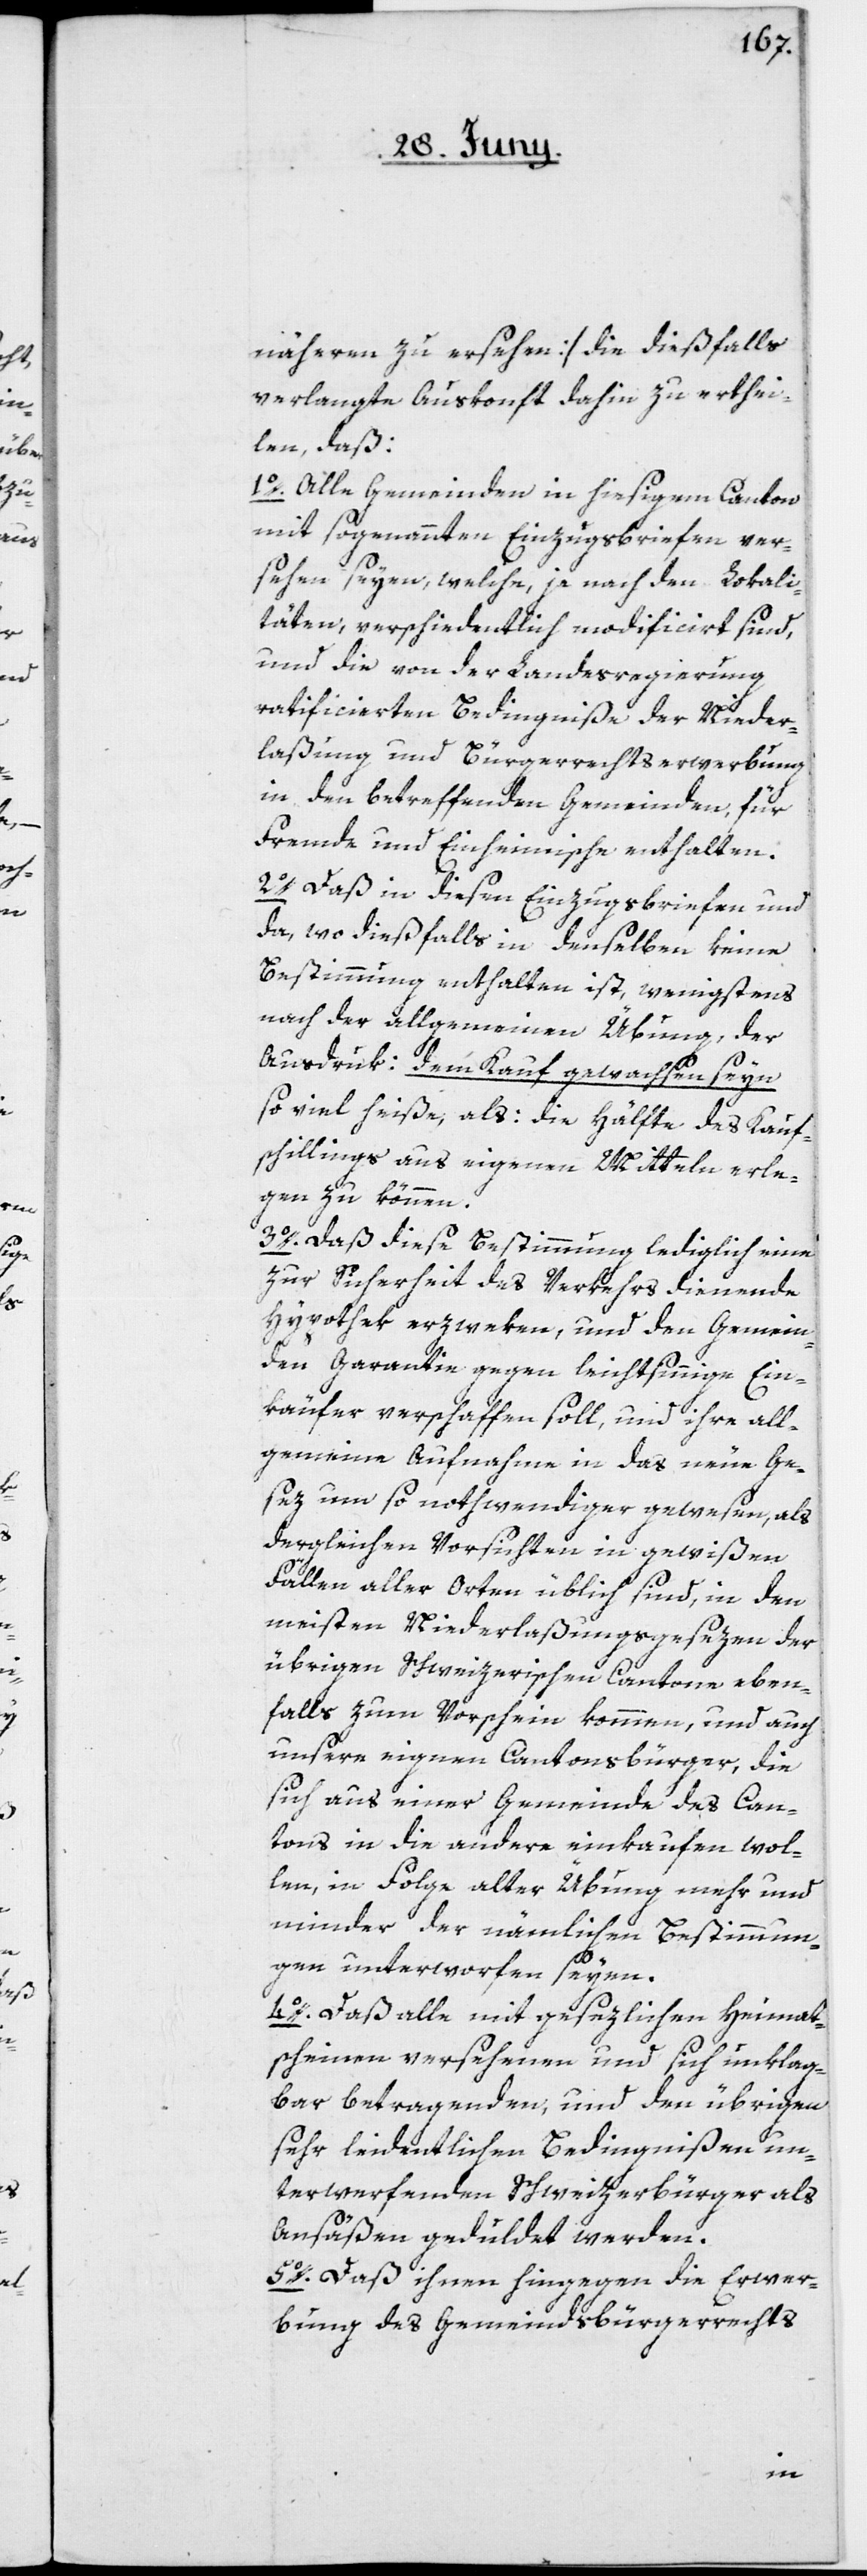
näheren zu ersehen] die dießfalls
verlangte Auskonft dahin zu erthei¬
len, daß:
1o. Alle Gemeinden in hiesigem Canton
mit sogenannten Einzugsbriefen ver¬
sehen seyen, welche, je nach den Lokali¬
täten, verschiedentlich modificirt sind,
und die von der Landesregierung
ratificierten Bedingniße der Nieder¬
laßung und Bürgerrechtserwerbung
in den betreffenden Gemeinden, für
Fremde und Einheimische enthalten.
2o. Daß in diesen Einzugsbriefen und
da, wo dießfalls in denselben keine
Bestimmung enthalten ist, wenigstens
nach der allgemeinen Übung, der
Ausdruk dem Kauf gewachsen seyn
so viel heiße, als: die Hälfte des Kauf¬
schillings aus eigenen Mitteln erle¬
gen zu können.
3o. Daß diese Bestimmung lediglich eine
zur Sicherheit des Verkehrs dienende
Hypothek erzweken, und den Gemein¬
den Garantie gegen leichtsinnige Ein¬
käufer verschaffen soll, und ihre all¬
gemeine Aufnahme in das neue Ge¬
sez um so nothwendiger gewesen, als
dergleichen Vorsichten in gewißen
Fällen aller Orten üblich sind, in den
meisten Niederlaßungsgesezen der
übrigen Schweizerischen Cantone eben¬
falls zum Vorschein kommen, und auch
unsern eignen Cantonsbürger, die
sich aus einer Gemeinde des Can¬
tons in die andere einkaufen wol¬
len, in Folge alter Übung mehr und
minder der nämlichen Bestimmun¬
gen unterworfen seyen.
4o. Daß alle mit gesezlichen Heimat¬
scheinen versehenen und sich unklag¬
bar betragenden, und den übrigen
sehr leidentlichen Bedingnißen un¬
terwerfenden Schweizerbürger als
Ansäßen geduldet werden.
5o. Daß ihnen hingegen die Erwer¬
bung des Gemeindsbürgerrechts